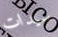
سيدات